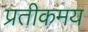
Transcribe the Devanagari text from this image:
प्रतीकमय